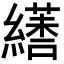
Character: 𦆏